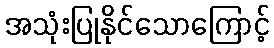
အသုံးပြုနိုင်သောကြောင့်